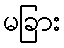
မခြား